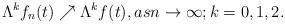
LaTeX: \begin{align*}\Lambda^k f_{n}(t) \nearrow \Lambda ^kf(t), as n \rightarrow \infty; k=0,1,2.\end{align*}